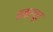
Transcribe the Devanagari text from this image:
नकरचूर